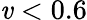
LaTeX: \mathit{v}<0.6